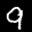
Label: 9